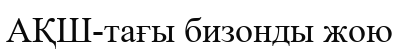
АҚШ-тағы бизонды жою